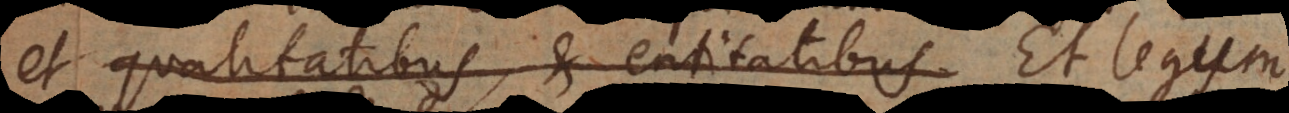
et qualitatibus, et entitatibus Et legis